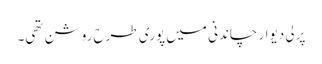
پرلی دیوار چاندنی میں پوری طرح روشن تھی۔